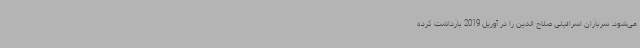
می‌شود. سربازان اسرائیلی صلاح الدین را در آوریل 2019 بازداشت کرده